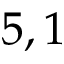
5 , 1